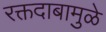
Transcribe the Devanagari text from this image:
रक्तदाबामुळे